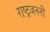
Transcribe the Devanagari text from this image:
राष्ट्रजननी